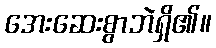
အေးဆေးစွာဘဲရှိ၏။